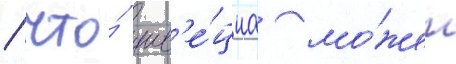
/ что́ шв'е́циа мо́жет